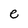
Character: e